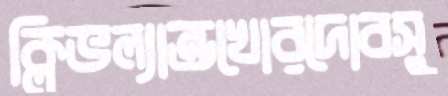
ক্লিভল্যান্ডখোরদোবসু